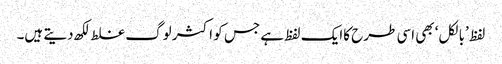
لفظ ’بالکل‘ بھی اسی طرح کاایک لفظ ہے جس کو اکثر لوگ غلط لکھ دیتے ہیں۔